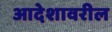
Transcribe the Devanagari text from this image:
आदेशावरील